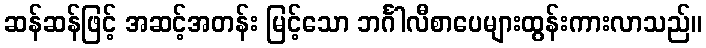
ဆန်ဆန်ဖြင့် အဆင့်အတန်း မြင့်သော ဘင်္ဂါလီစာပေများထွန်းကားလာသည်။